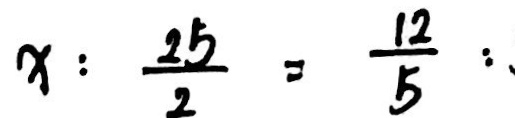
x : \frac { 2 5 } { 2 } = \frac { 1 2 } { 5 } :